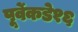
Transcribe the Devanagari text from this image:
पूर्वेकडे१६